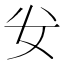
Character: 𭑨